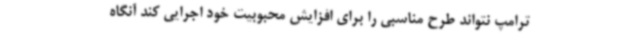
ترامپ نتواند طرح مناسبی را برای افزایش محبوبیت خود اجرایی کند آنگاه